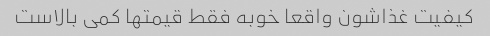
کیفیت غذاشون واقعا خوبه فقط قیمتها کمی بالاست